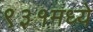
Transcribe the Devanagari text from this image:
९३१मध्ये